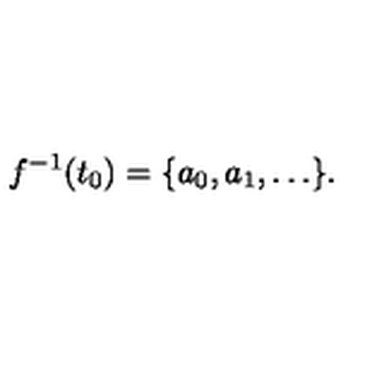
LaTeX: f ^ { - 1 } ( t _ { 0 } ) = \{ a _ { 0 } , a _ { 1 } , \dots \} .